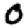
Digit: 0